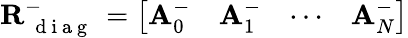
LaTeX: \mathbf{R}_{\mathrm{~{~d~i~a~g~}~}}^{-}=\left[\begin{array}{llll}{\mathbf{A}_{0}^{-}}&{\mathbf{A}_{1}^{-}}&{\cdots}&{\mathbf{A}_{N}^{-}}\end{array}\right]